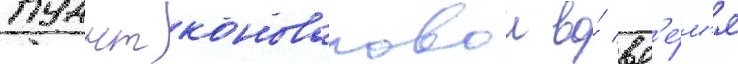
пуант коноваловои во́ вр'е́м'я